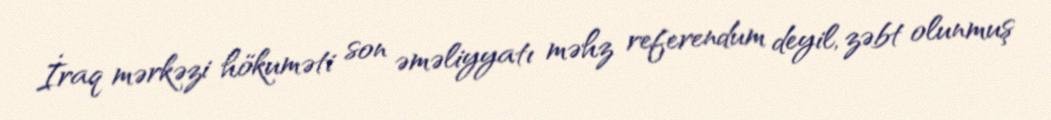
İraq mərkəzi hökuməti son əməliyyatı məhz referendum deyil, zəbt olunmuş